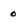
Character: 0